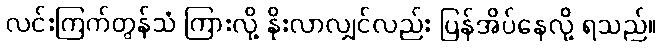
လင်းကြက်တွန်သံ ကြားလို့ နိုးလာလျှင်လည်း ပြန်အိပ်နေလို့ ရသည်။